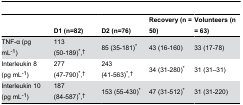
<table><thead><tr><td></td><td><b>D1 (n=82)</b></td><td><b>D2 (n=76)</b></td><td><b>Recovery (n = 50)</b></td><td><b>Volunteers (n = 63)</b></td></tr></thead><tbody><tr><td>TNF-α (pg mL<sup>-1</sup>)</td><td>113 (50-189)*,†</td><td>85 (35-181)*</td><td>43 (16-160)</td><td>33 (17-78)</td></tr><tr><td>Interleukin 8 (pg mL<sup>-1</sup>)</td><td>277 (47-790)*,†</td><td>243 (41-563)*,†</td><td>34 (31-280)*</td><td>31 (31–31)</td></tr><tr><td>Interleukin 10 (pg mL<sup>-1</sup>)</td><td>187 (84-587)*,†</td><td>153 (55-430)*</td><td>47 (31-512)*</td><td>31 (31-220)</td></tr></tbody></table>